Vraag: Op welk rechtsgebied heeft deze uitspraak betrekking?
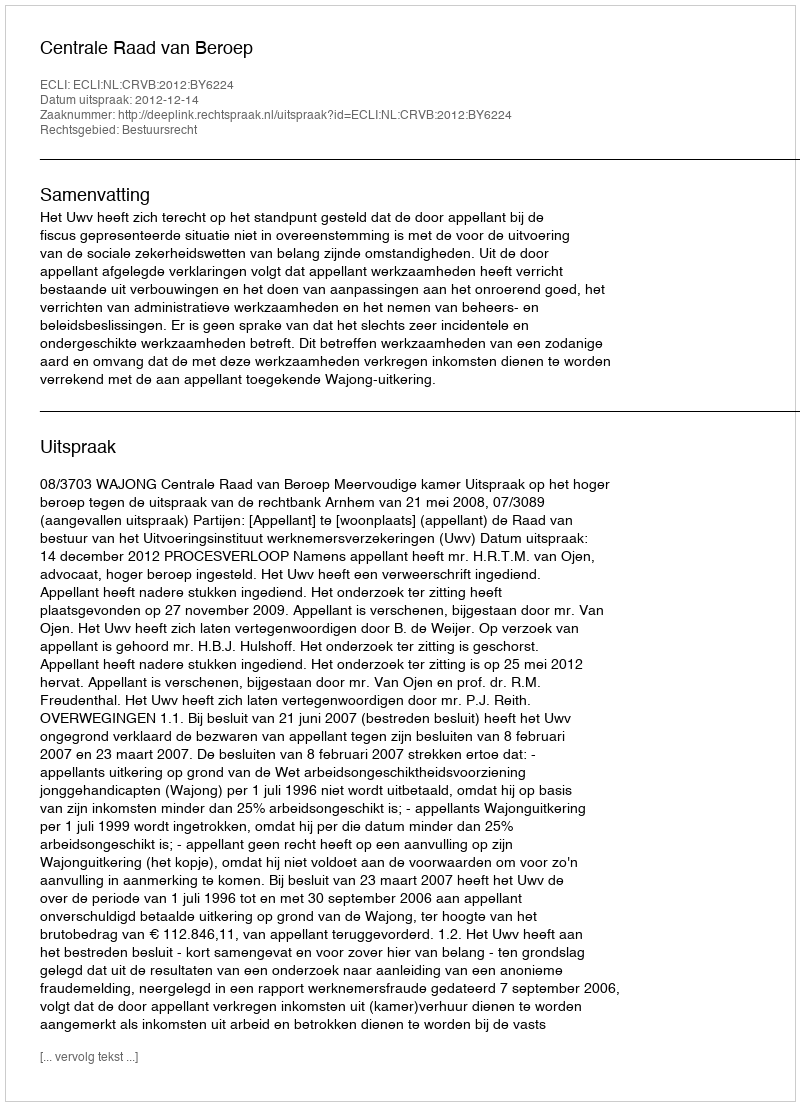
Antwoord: Bestuursrecht